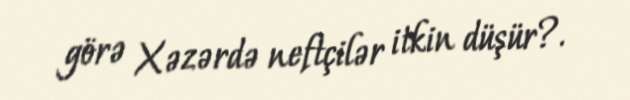
görə Xəzərdə neftçilər itkin düşür?.